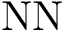
\mathrm { N N }